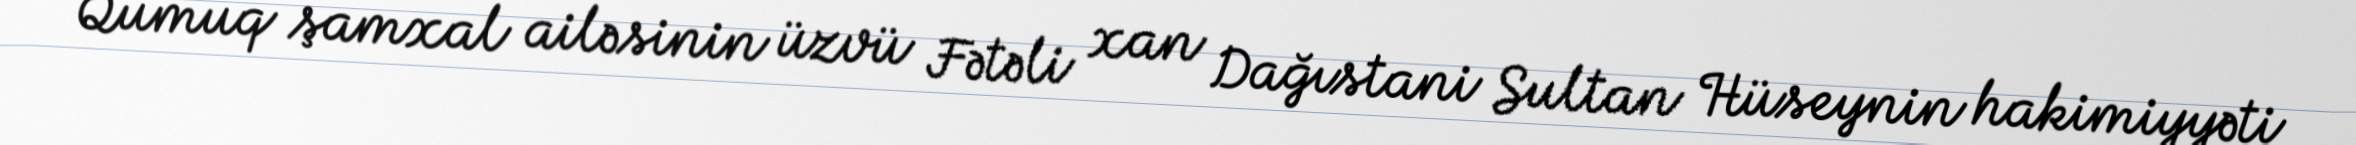
Qumuq şamxal ailəsinin üzvü Fətəli xan Dağıstani Sultan Hüseynin hakimiyyəti